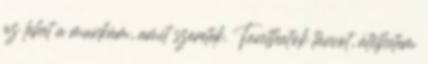
az lehet a munkám, amit szeretek. Taníthatok táncot, átélhetem